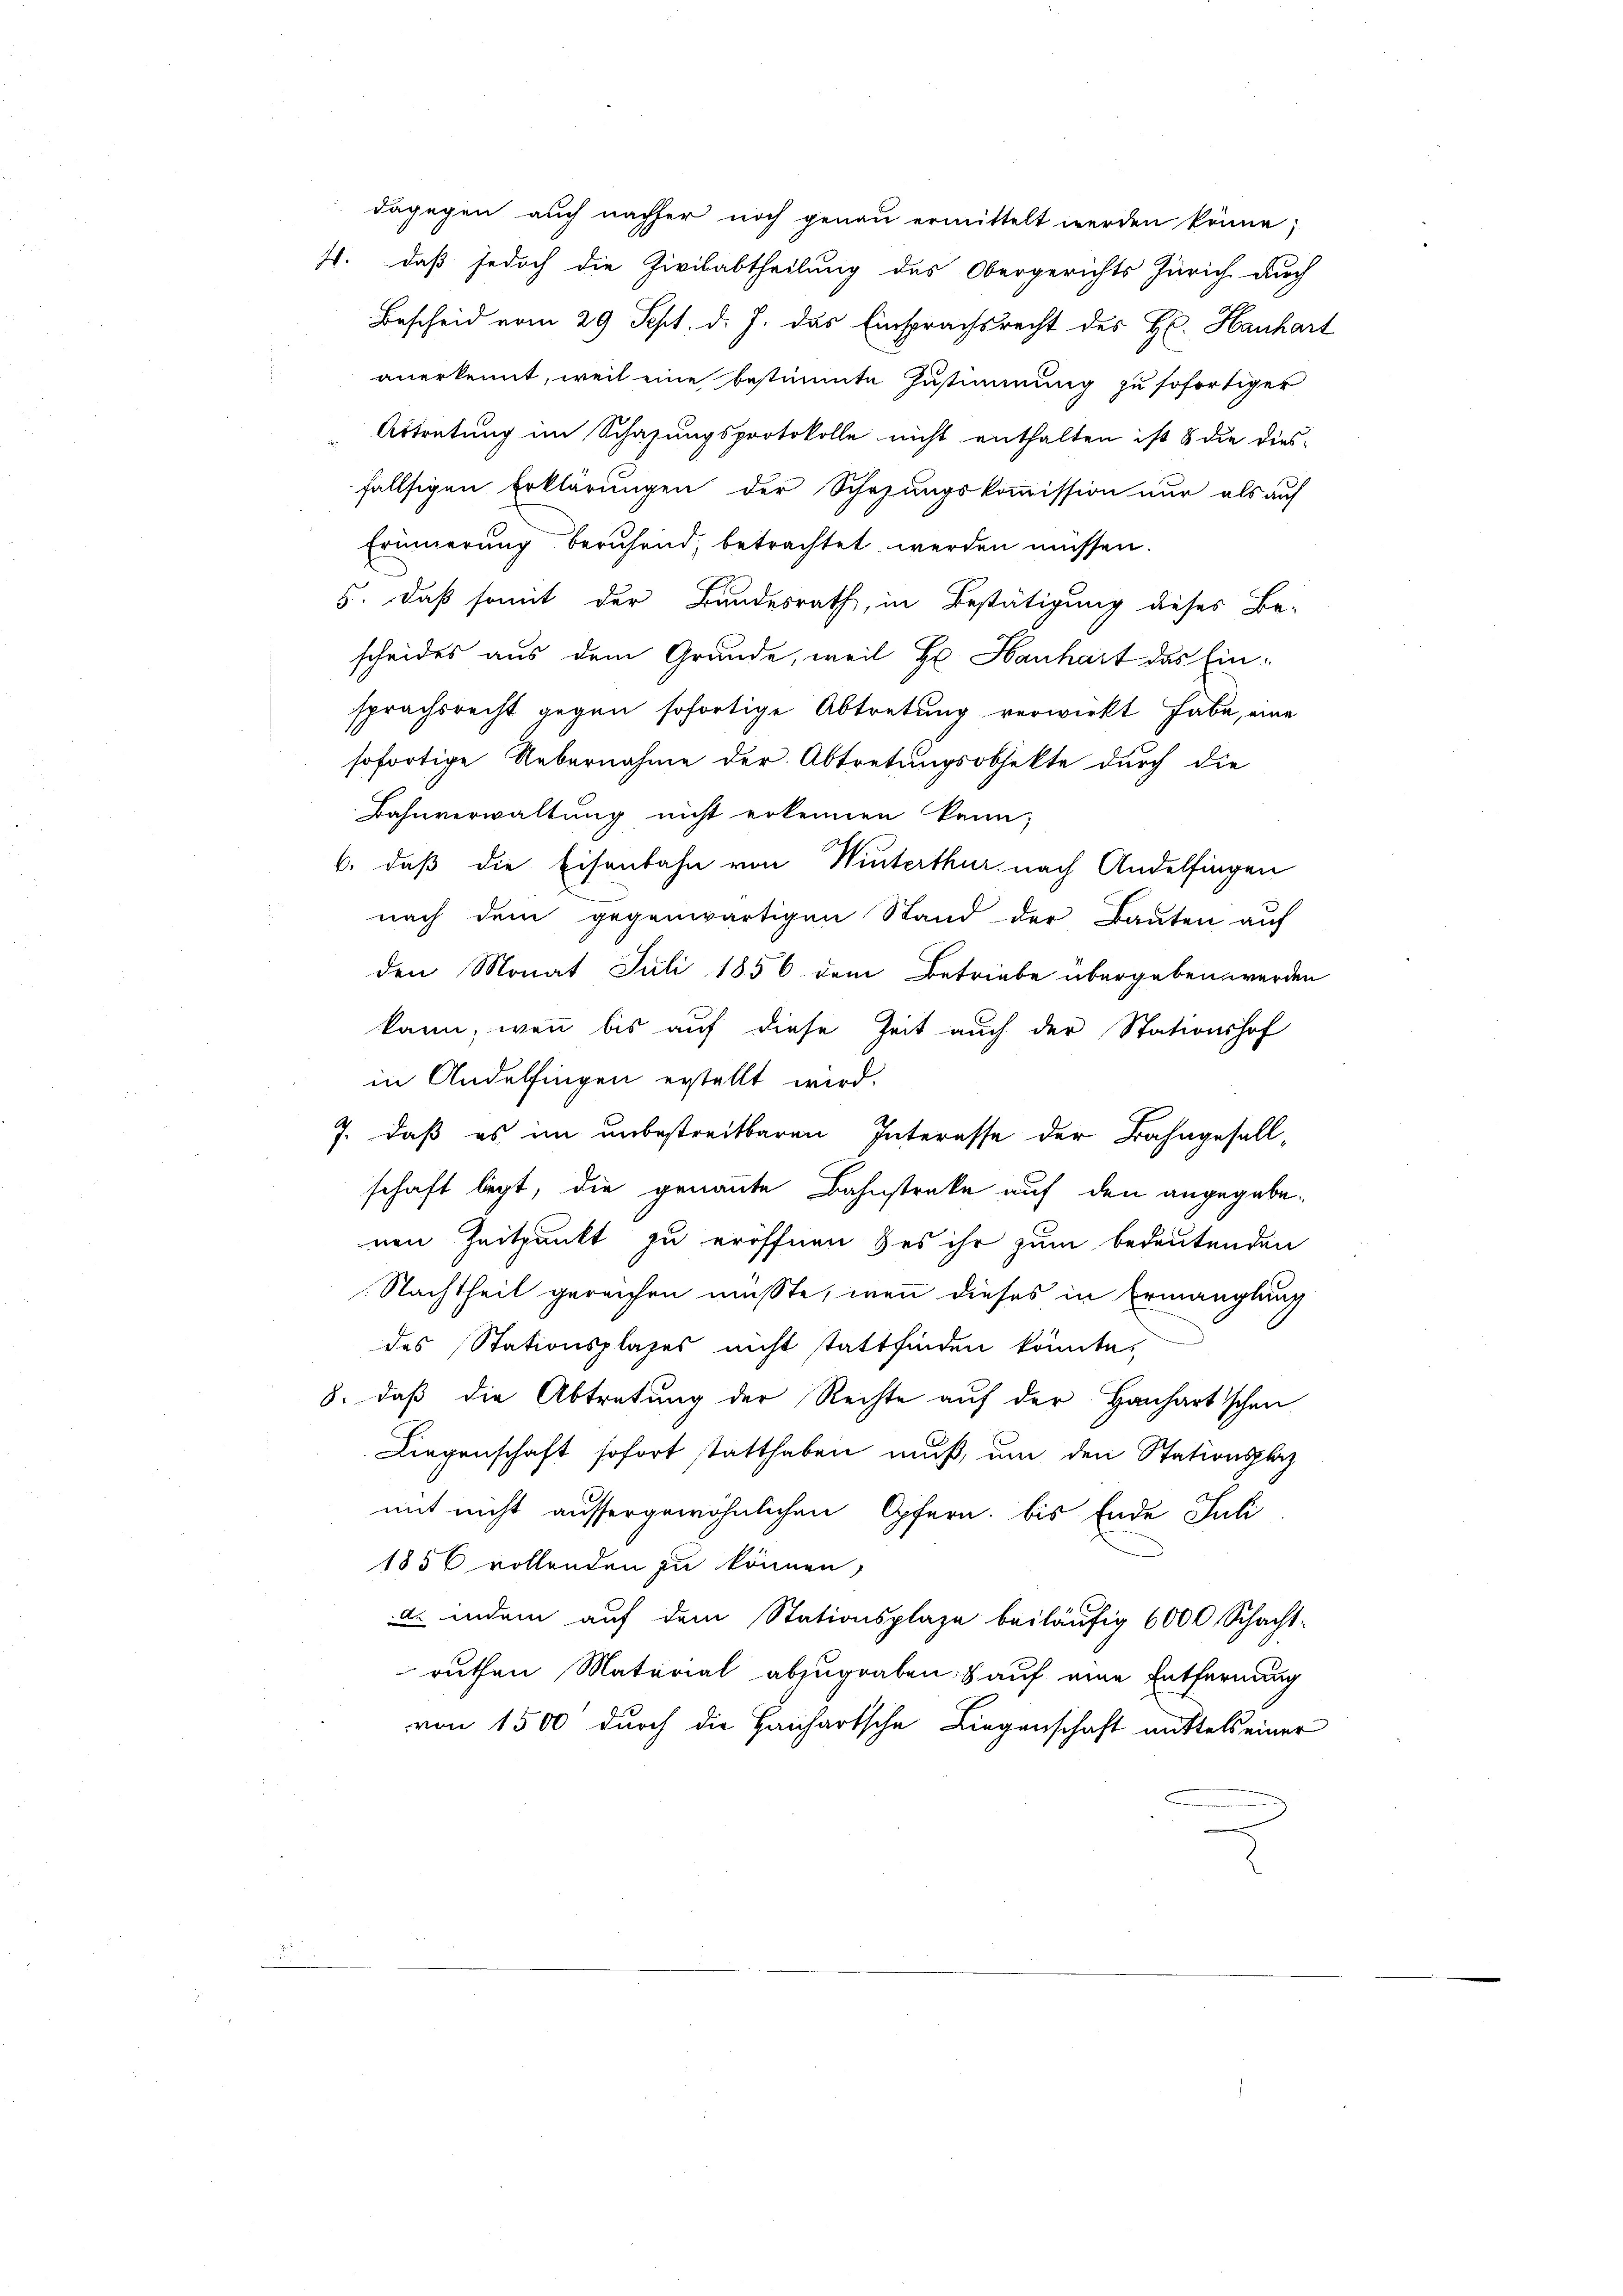
dagegen auch nachher noch genau ermittelt werden könne,
4. daß jedoch die Zivilabtheilung des Obergerichts Zürich durch
Bescheid vom 29 Sept. d. J. das Einsprachsrecht des H. Hanhart
anerkennt, weil eine bestimmte Zustimmung zu sofortiger
Artretung im Schafungsprotokolle nicht enthalten ist & die dies
fallsigen Erklärungen der Schazungskommission nur als auf
Erinnerung beruhend, betrachtet werden müssen.
5. Daß somit der Bundesrath, in Bestätigung dieses Be-
scheides aus dem Grunde, weil Hr. Hanhart das Einsprachsrecht gegen sofortige Abtretung verwirkt habe, eine
sofortige Uebernahme der Abtretungsobjekte durch die
Bahnverwaltung nicht erkennen kann;
6., daß die Eisenbahn von Winterthur, nach Andelfingen
nach dem gegenwärtigen Stand der Bauten auf
den Monat Juli 1856 dem Betriebe übergeben werden
kann, wenn bis auf diese Zeit auch der Stationshof
in Andelfingen erstellt wird.
7. daß es im unbestreitbaren Interesse der Bahngesell-
schaft legt, die genannte Bahnstreke auf den angegebenen Zeitpunkt zu eröffnen & es ihr zum bedeutenden
Nachtheil gereichen mußte, wenn dieses in Ermanglung
des Stationsplases nicht stattfinden könnte,
8. daß die Abtretung der Rechte auf der Hanhartschen
Liegenschaft sofort statthaben muß, um den Stationsplaz
mit nicht aussergewöhnlichen Opfern, bis Ende Juli
1856 vollenden zu können,
 indem auf dem Stationsplaze beiläufig 6000 Schacht-
ruthen Material abzugraben: auf eine Entfernung
von 1500 durch die Hanhartsche Liegenschaft mittels einer